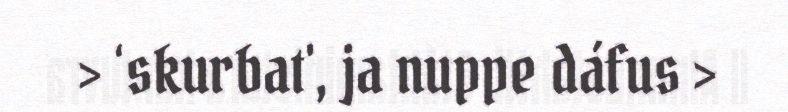
> ‘skurbat', ja nuppe dáfus >